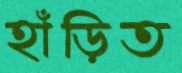
হাঁড়িত